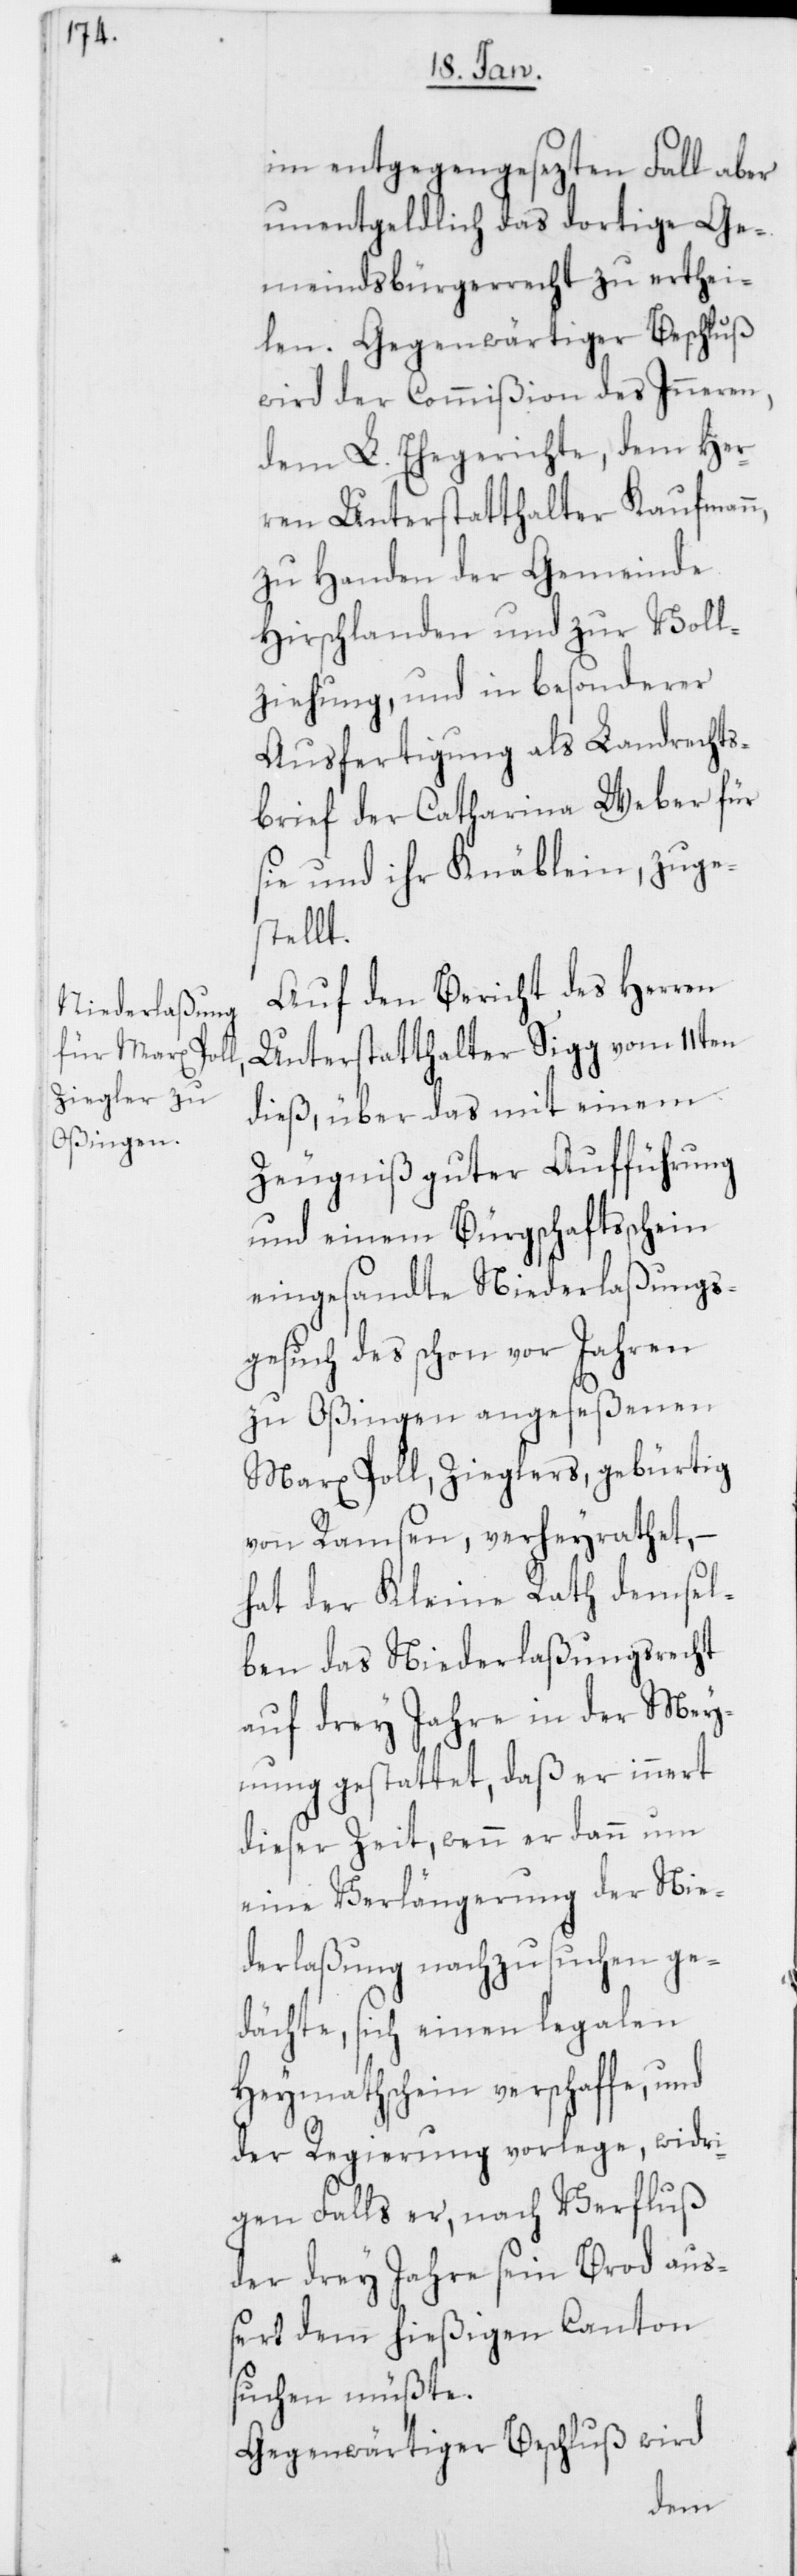
im entgegengesezten Fall aber
unentgeldlich das dortige Ge¬
meindsbürgerrecht zu erthei¬
len. Gegenwärtiger Beschluß
wird der Commißion des Inneren,
dem L. Ehegerichte, dem Her¬
ren Unterstatthalter Kaufmann,
zu Handen der Gemeinde
Hirschlanden und zur Voll¬
ziehung, und in besonderer
Ausfertigung als Landrechts¬
brief der Catharina Weber für
sich und ihr Knäblein, zuge¬
stellt.
Auf den Bericht des Herren
Unterstatthalter Sigg vom 11ten
dieß, über das mit einem
Zeugniß guter Aufführung
und einem Bürgschaftsschein
eingesandte Niederlaßungs¬
gesuch des schon vor Jahren
zu Oßingen angeseßenen
Marx Poll, Zieglers, gebürtig
von Ramsen, verheyrathet, –
hat der Kleine Rath demsel¬
ben das Niederlaßungsrecht
auf drey Jahre in der Mey¬
nung gestattet, daß er innert
dieser Zeit, wenn er dann um
eine Verlängerung der Nie¬
derlaßung nachzusuchen ge¬
dächte, sich einen legalen
Heymathschein verschaffe, und
der Regierung vorlege, widri¬
gen Falls er, nach Verfluß
der drey Jahre sein Brod auß¬
ert dem hießigen Canton
suchen müßte.
Gegenwärtiger Beschluß wird